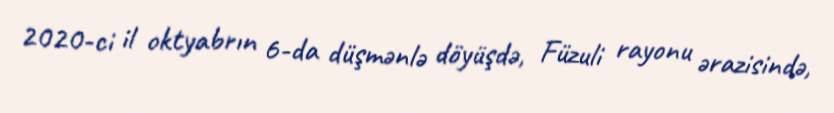
2020-ci il oktyabrın 6-da düşmənlə döyüşdə, Füzuli rayonu ərazisində,